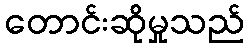
တောင်းဆိုမှုသည်